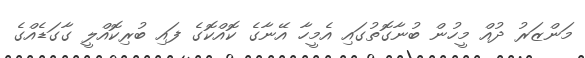
މަންޒަރު ދުއް މީހުން ބުނާގޮތުގައި އެމީހާ އޭނާގެ ކޮއްކޮގެ ފައި ބުރިކޮއްލީ ގާގަޑެއްގެ